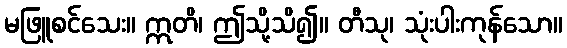
မဖြူစင်သေး။ ဣတိ၊ ဤသို့သိ၍။ တီသု၊ သုံးပါးကုန်သော။